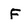
Character: F